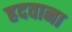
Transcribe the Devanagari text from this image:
हदवाना